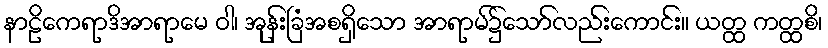
နာဠိကေရာဒိအာရာမေ ဝါ၊ အုန်းခြံအစရှိသော အာရာမ်၌သော်လည်းကောင်း။ ယတ္ထ ကတ္ထစိ၊